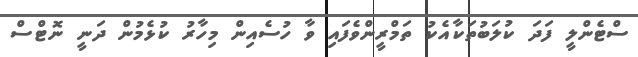
ސްޓެންލީ ފަދަ ކުލަބުތަކާއެކު ތަމްރީންވެފައި ވާ ހުސެއިން މިހާރު ކުޅެމުން ދަނީ ނޮޓްސް